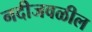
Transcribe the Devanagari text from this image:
नदीजवळील